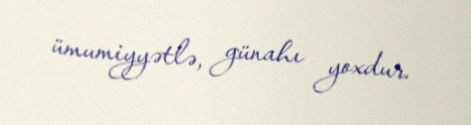
ümumiyyətlə, günahı yoxdur.